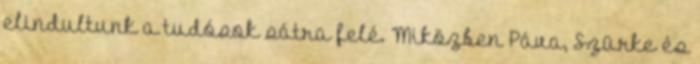
elindultunk a tudósok sátra felé. Miközben Páva, Szürke és